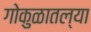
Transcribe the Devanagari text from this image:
गोकुळातल्या